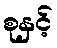
စုနှင့်